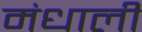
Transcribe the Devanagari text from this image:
मंधाली